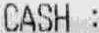
CASH :